Calcutta medical institutions reports 1871-78
Year: 1871
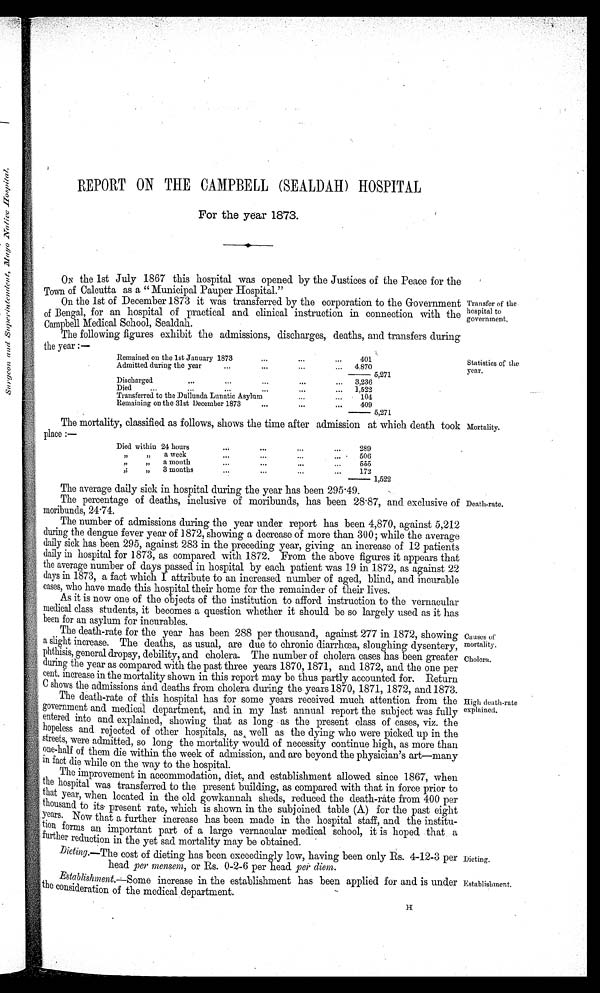
Causes of
mortality.
Cholera.
Dieting.
Establishment.
REPORT ON THE CAMPBELL (SEALDAH) HOSPITAL
For the year 1873.
ON the 1st July 1867 this hospital was opened by the Justices of the Peace for the
Town of Calcutta as a "Municipal Pauper Hospital."
On the 1st of December 1873 it was transferred. by the corporation to the Government
of Bengal, for an hospital of practical and clinical instruction in connection with the
Campbell Medical School, Sealdah.
The following figures exhibit the admissions, discharges, deaths, and transfers during
t h e y e a r : — •
Remained on the 1st January 1873.
401
Admitted during the year
4,870
5,271
Discharged
3,236
Died
1,522
Transferred to the Dullunda Lunatic Asylum
104
Remaining on the 31st December 1873
409
5,271
The mortality, classified as follows, shows the time after admission at which death took
p l a c e : —
Died within 24 hours
289
, , , , a week
506
,, ,, a mouth
555
,, ,, 3 months
172
1 , 5 2 2
The average daily sick in hospital during the year has been 295.49.
The percentage of deaths, inclusive of moribunds, has been 28 . 87, and exclusive of
moribunds, 24·74.
The number of admissions during the year under report has been 4,870, against 5,212
during the dengue fever year of 1872, showing a decrease of more than 300; while the average
daily sick has been 295, against 283 in the preceding year, giving an increase of 12 patients
daily in hospital for 1873, as compared with 1872. From the above figures it appears that
the average number of days passed in hospital by each patient was 19 in 1872, as against 22
days in 1873, a fact which I attribute to an increased number of aged, blind, and incurable
cases, who have made this hospital their home for the remainder of their lives.
As it is now one of the objects of the institution to afford instruction to the vernacular
medical class students, it becomes a question whether it should be so largely used as it has
been for an asylum for incurables.
The death-rate for the year has been 288 per thousand, against 277 in 1872, showing
a slight increase. The deaths, as usual, are due to chronic diarrhœa, sloughing dysentery,
phthisis, general dropsy, debility, and cholera. The number of cholera cases has been greater
during the year as compared with the past three years 1870, 1871, and 1872, and the one per
cent. increase in the mortality shown in this report may be thus partly accounted for. Return
C shows the admissions and deaths from cholera during the years 1870, 1871, 1872, and 1873.
T h e d e a t h - r a t e o f t h i s h o s p i t a l h a s f o r s o m e y e a r s r e c e i v e d m u c h a t t e n t i o n f r o m t h e
government and medical department, and in my last annual report the subject was fully
entered into and explained, showing that as long as the present class of cases, viz. the
hopeless and rejected of other hospitals, as , well as the dying who were picked up in the
streets, were admitted, so long the mortality would of necessity continue high, as more than
one-half of them die within the week of admission, and are beyond the physician's art—many
in fact the while on the way to the hospital
.
The improvement in accommodation, diet, and establishment allowed since 1867, when
the hospital was transferred to the present building, as compared with that in force prior to
that year, when located in the old gowkannah sheds, reduced the death-rate from 400 per
thousand to its present rate, which is shown in the subjoined table (A) for the past eight
years. Now that a further increase has been made in the hospital staff, and the institu
–
tion forms an important part of a large vernacular medical school, it is hoped that a
further reduction in the yet sad mortality may be obtained.
Dieting.—The cost of dieting has been exceedingly low, having been only Rs. 4-12-3 per
head per mensem, or Rs. 0-2-6 per head per diem.
Establishment.—Some increase in the establishment has been applied for and is under
the consideration of the medical department.
Transfer of the.
hospital to
government.
Statistics of the
year.
Mortality.
Death.rate.
High death-rate
explained.